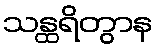
သန္ထရိတွာန